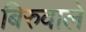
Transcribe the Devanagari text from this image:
बिरुवाले